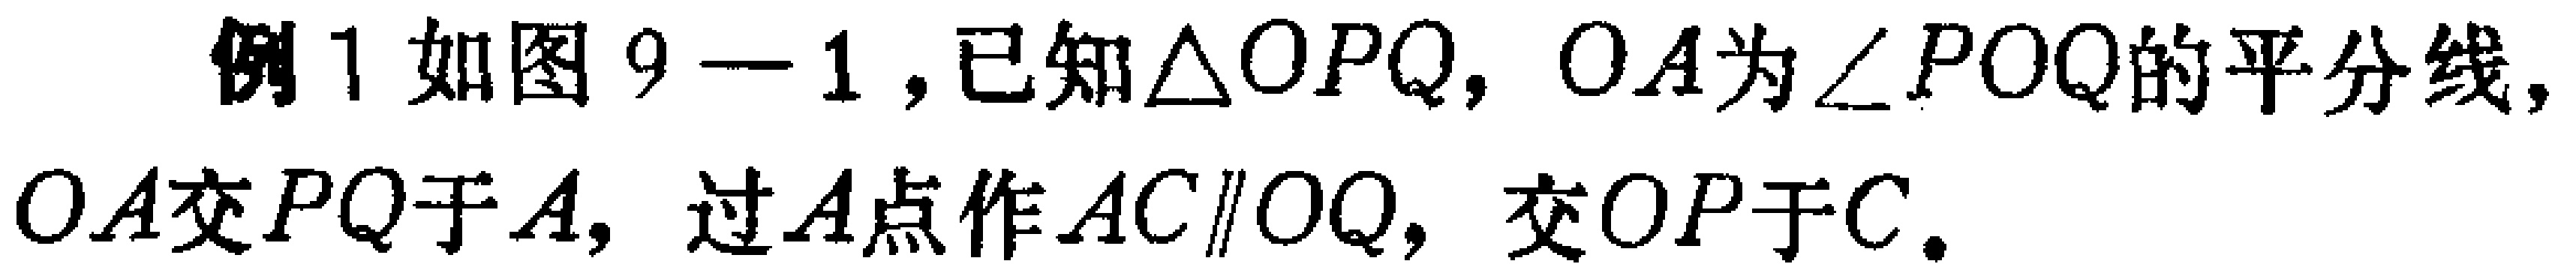
例1 如图9—1，已知\(\triangle OPQ\)，\(OA\)为\(\angle POQ\)的平分线，\(OA\)交\(PQ\)于\(A\)，过\(A\)点作\(AC\parallel OQ\)，交\(OP\)于\(C\)。